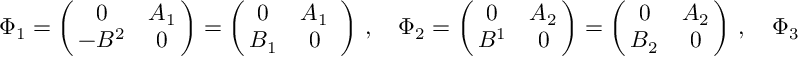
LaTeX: \Phi _ { 1 } = \left( \! \! \begin{array} { c c } { { 0 } } & { { A _ { 1 } } } \\ { { - B ^ { 2 } } } & { { 0 } } \end{array} \! \! \right) = \left( \! \! \begin{array} { c c } { { 0 } } & { { A _ { 1 } } } \\ { { B _ { 1 } } } & { { 0 } } \end{array} \right) \, , \quad \Phi _ { 2 } = \left( \! \! \begin{array} { c c } { { 0 } } & { { A _ { 2 } } } \\ { { B ^ { 1 } } } & { { 0 } } \end{array} \! \! \right) = \left( \! \! \begin{array} { c c } { { 0 } } & { { A _ { 2 } } } \\ { { B _ { 2 } } } & { { 0 } } \end{array} \! \! \right) \, , \quad \Phi _ { 3 } = \left( \! \! \begin{array} { c c } { { \phi _ { 1 } } } & { { 0 } } \\ { { 0 } } & { { \phi _ { 2 } } } \end{array} \! \! \right) .